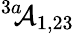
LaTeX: ^{3a\! \! }{\cal A}_{1,23}